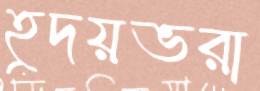
হূদয়ভরা